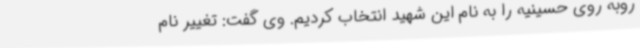
روبه روی حسینیه را به نام این شهید انتخاب کردیم. وی گفت: تغییر نام